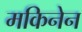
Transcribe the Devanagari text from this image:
मकिनेन